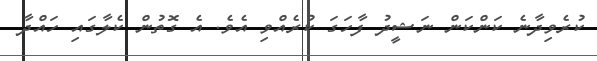
ކުރެވިދާނެ ކަންކަން ނަޝީދު ފާހަގަ ކުރެއްވި އެވެ. އެ ގޮތުން ކެލާގައި ހައްދާ